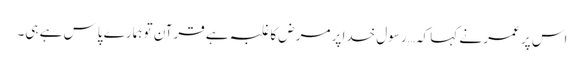
اس پر عمر نے کہا کہ… رسول خدا پر مرض کا غلبہ ہے قرآن تو ہمارے پاس ہے ہی۔